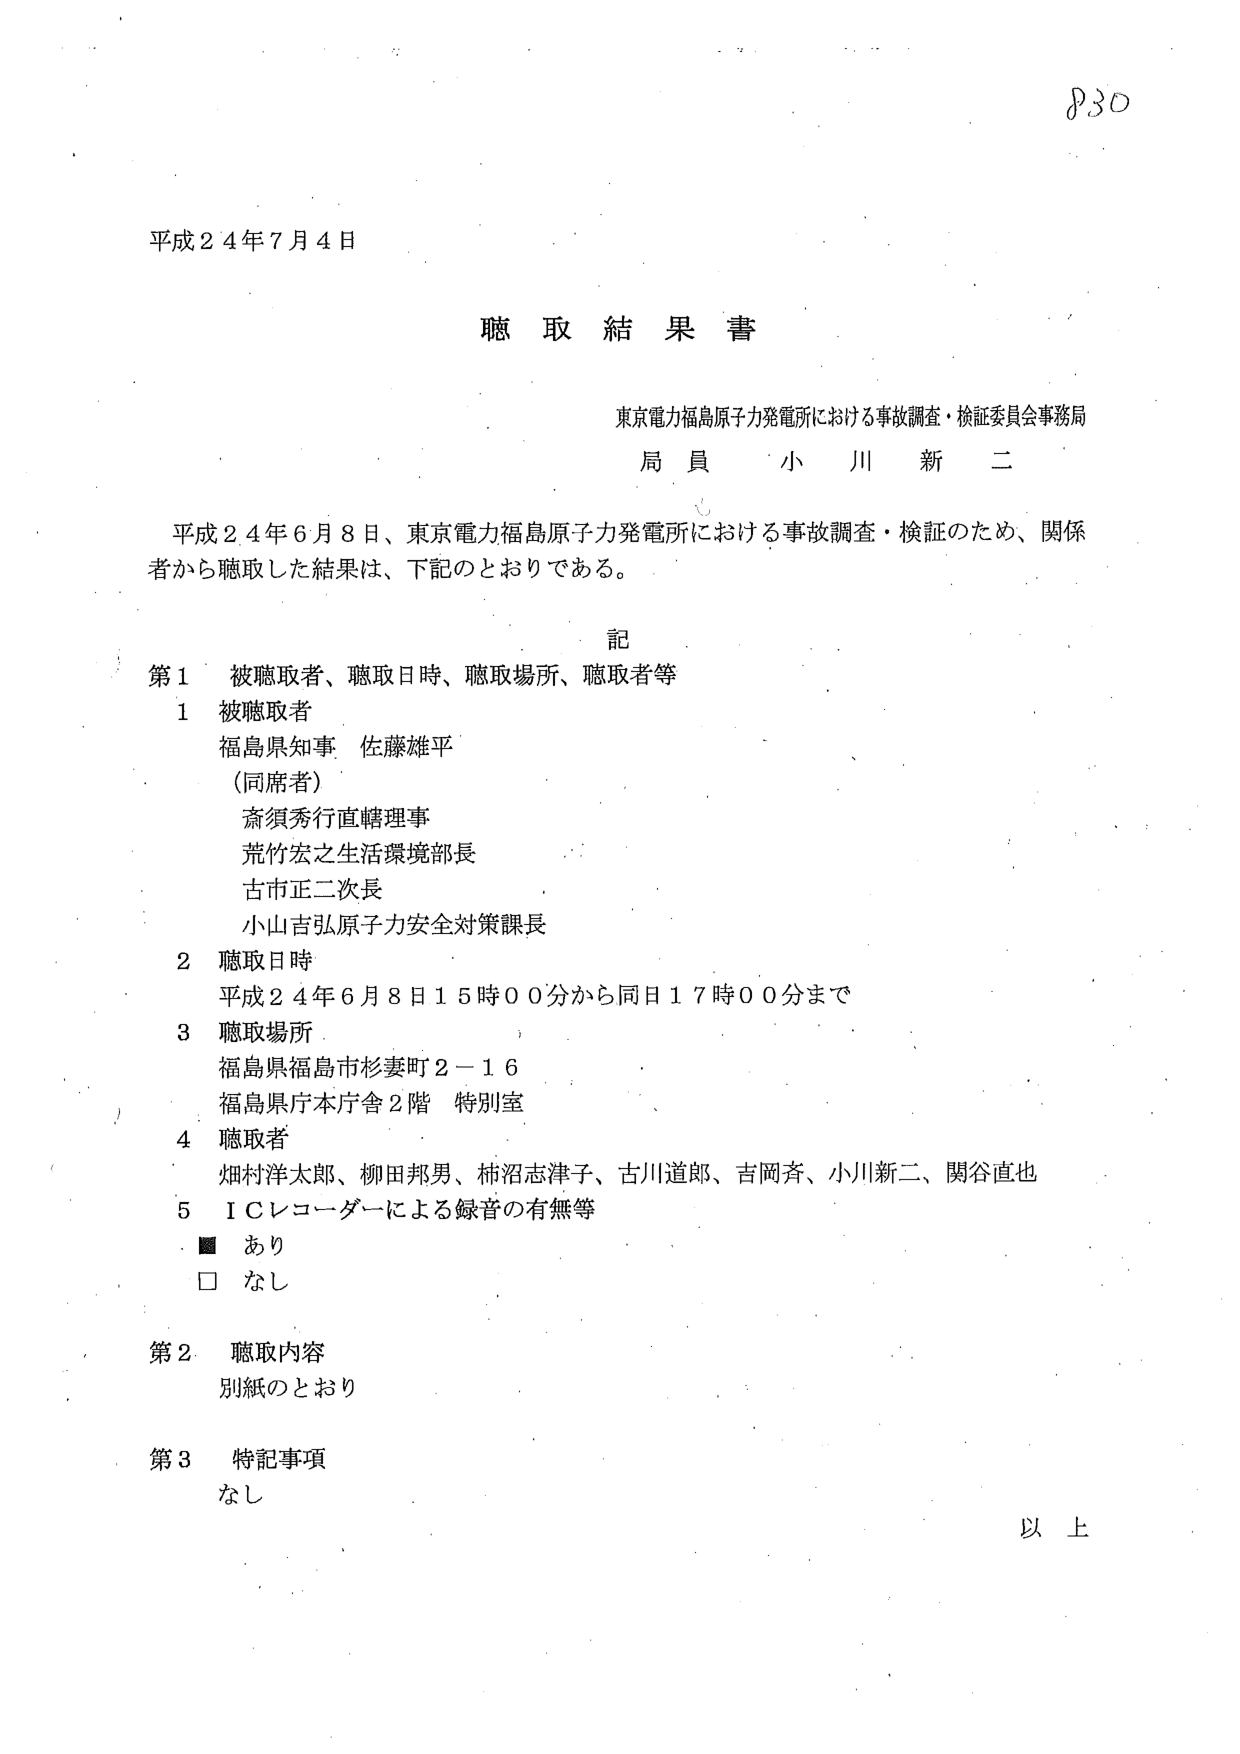
平成２４年７月４日

聴取結果書

東京電力福島原子力発電所における事故調査・検証委員会事務局
局員 小川新二

平成２４年６月８日、東京電力福島原子力発電所における事故調査・検証のため、関係者から聴取した結果は、下記のとおりである。

記

第１ 被聴取者、聴取日時、聴取場所、聴取者等

１ 被聴取者
福島県知事 佐藤雄平
（同席者）
斎須秀行直轄理事
荒竹宏之生活環境部長
古市正二次長
小山吉弘原子力安全対策課長

２ 聴取日時
平成２４年６月８日１５時００分から同日１７時００分まで

３ 聴取場所
福島県福島市杉妻町２－１６
福島県庁本庁舎２階 特別室

４ 聴取者
畑村洋太郎、柳田邦男、柿沼志津子、古川道郎、吉岡斉、小川新二、関谷直也

５ ＩＣレコーダーによる録音の有無等
■ あり
□ なし

第２ 聴取内容
別紙のとおり

第３ 特記事項
なし

以上

P30